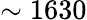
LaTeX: \sim 1630